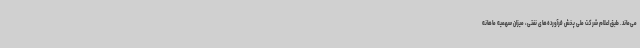
می‌ماند. طبق اعلام شرکت ملی پخش فرآورده‌های نفتی، میزان سهمیه ماهانه